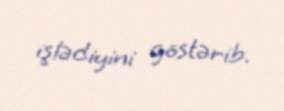
işlədiyini göstərib.